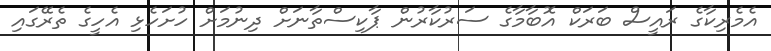
އެމެރިކާގެ ރައީސް ބަރަކް އޮބާމާގެ ސަރުކާރުން ޕާކިސްތާނަށް ދިނުމަށް ހުށަހެޅި އެހީގެ ތެރޭގައި